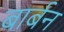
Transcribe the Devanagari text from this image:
बार्बन